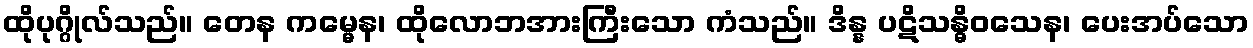
ထိုပုဂ္ဂိုလ်သည်။ တေန ကမ္မေန၊ ထိုလောဘအားကြီးသော ကံသည်။ ဒိန္န ပဋိသန္ဓိဝသေန၊ ပေးအပ်သော